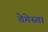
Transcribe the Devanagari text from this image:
तेगेस्ता